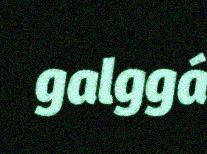
galggá